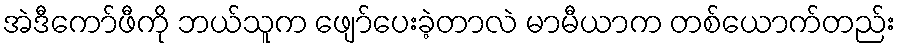
အဲဒီကော်ဖီကို ဘယ်သူက ဖျော်ပေးခဲ့တာလဲ မာမီယာက တစ်ယောက်တည်း